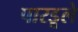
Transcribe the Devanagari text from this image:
पारडूले